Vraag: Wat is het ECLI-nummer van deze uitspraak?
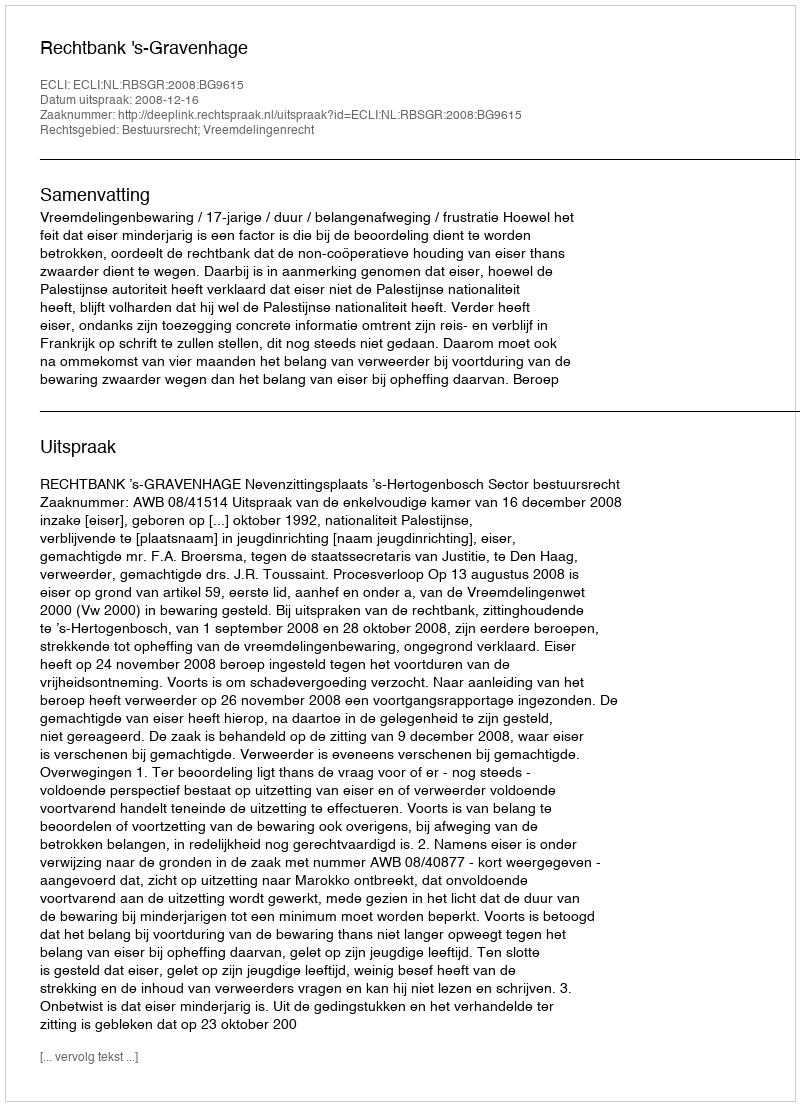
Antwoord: ECLI:NL:RBSGR:2008:BG9615